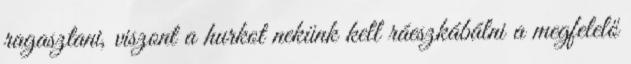
ragasztani, viszont a hurkot nekünk kell ráeszkábálni a megfelelő